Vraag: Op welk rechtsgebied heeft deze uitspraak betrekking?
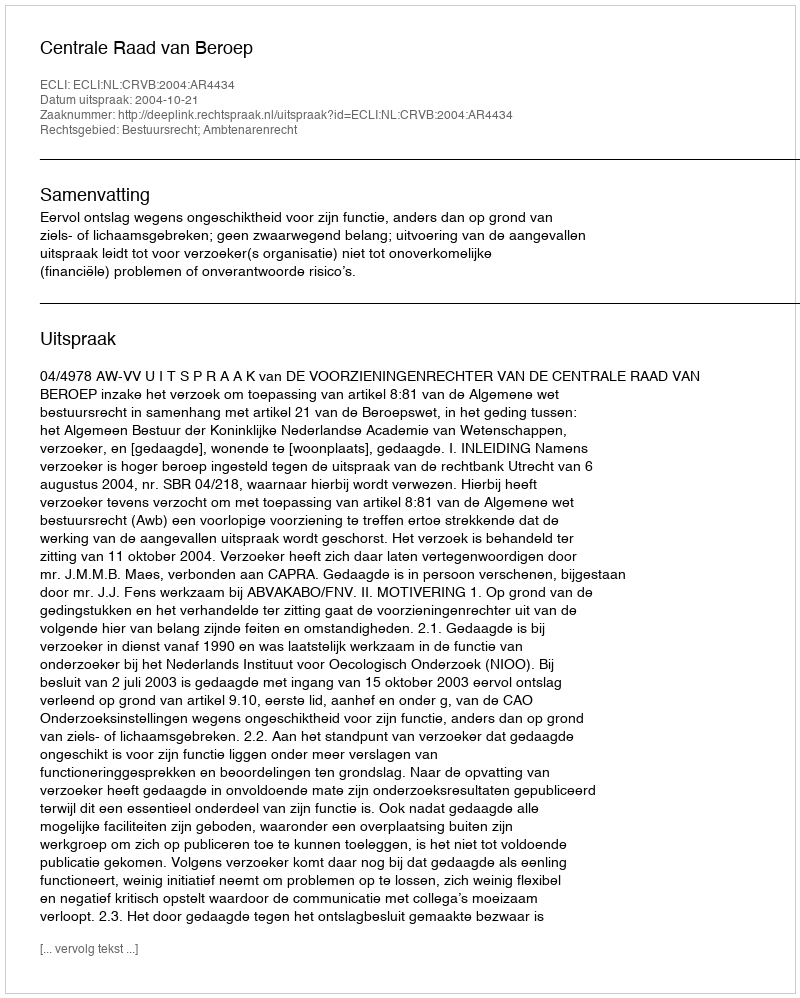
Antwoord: Bestuursrecht; Ambtenarenrecht